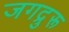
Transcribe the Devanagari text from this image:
जगद्रुरू